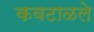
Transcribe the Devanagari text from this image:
कवटाळले